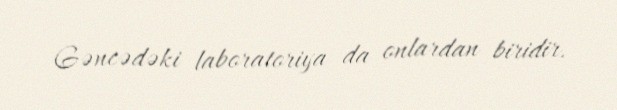
Gəncədəki laboratoriya da onlardan biridir.